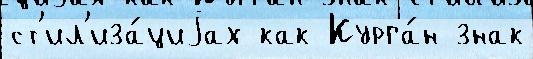
ст'ил'иза́циjах как Курга́н знак